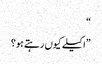
“
”اکیلے کیوں رہتے ہو؟